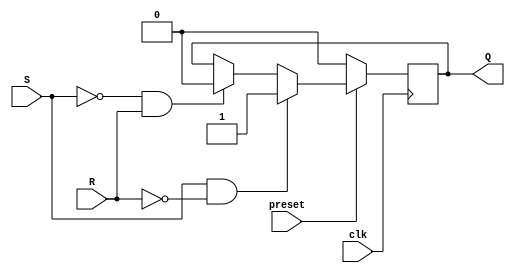

module SR_FF(
    input preset,clk,S,R,
    output reg Q
);
always @(negedge clk) begin
    if(preset==0)
    begin
       Q<=0;
   end
   else
    begin
     if(S==1 & R==0)
   begin
       Q<=1;
   end
   else if(S==0 & R==1)
   begin
       Q<=0;
   end
  
   end
  
  

end
endmodule

module testbench();

reg clk,preset;
wire S0,R0,Q0,S1,R1,Q1,S2,R2,Q2,S3,R3,Q3;

assign S0= ~(Q1^Q2^Q3);
assign S1= Q0 & ~(Q2^Q3);
assign S2= (~Q3)&Q1&(~Q0);
assign S3=Q2 & (~Q1) & (~Q0);
assign R0= Q1^Q2^Q3;
assign R1= (Q2^Q3)&Q0;
assign R2= Q1&(~Q0)&Q3;
assign R3 = (~Q2)&(~Q1)&(~Q0);


SR_FF ff0(preset,clk,S0,R0,Q0);
SR_FF ff1(preset,clk,S1,R1,Q1);
SR_FF  ff2(preset,clk,S2,R2,Q2);
SR_FF  ff3(preset,clk,S3,R3,Q3);

initial begin
$monitor("Q3=%b Q2=%b Q1=%b Q0=%b ",Q3,Q2,Q1,Q0); 
$dumpfile("amrita.vcd");
$dumpvars(0,testbench);
 
 
 clk=0;preset=0;#1;
 clk=1;preset=0;#1;
 clk=0;preset=0;#1;
 clk=1;preset=1;#1;
 clk=0;preset=1;#1;
 clk=1;preset=1;#1;
 clk=0;preset=1;#1;
 clk=1;preset=1;#1;
 clk=0;preset=1;#1;
 clk=1;preset=1;#1;
 clk=0;preset=1;#1;
 clk=1;preset=1;#1;
 clk=0;preset=1;#1;
 clk=1;preset=1;#1;
 clk=0;preset=1;#1;
 clk=1;preset=1;#1;
 clk=0;preset=1;#1;
 clk=1;preset=1;#1;
 clk=0;preset=1;#1;
 clk=1;preset=1;#1;
 clk=0;preset=1;#1;
 clk=1;preset=1;#1;
 clk=0;preset=1;#1;
 clk=1;preset=1;#1;
 clk=0;preset=1;#1;
 clk=1;preset=1;#1;
 clk=0;preset=1;#1;
 clk=1;preset=1;#1;
 clk=0;preset=1;#1;
 clk=1;preset=1;#1;
 clk=0;preset=1;#1;
 clk=1;preset=1;#1;
 clk=0;preset=1;#1;
 clk=0;preset=1;#1;
 clk=0;preset=1;#1;
 clk=0;preset=1;#1;

 


$finish;
end
endmodule